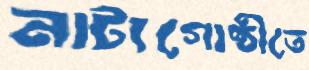
নাট্যগোষ্ঠীতে